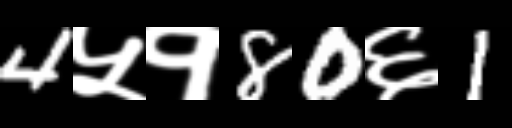
Text: 4५१80६1